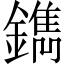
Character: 鐫